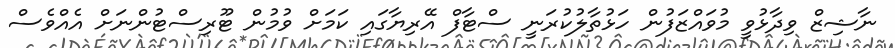
ނާޝިޒް ވިދާޅުވީ މުވައްޒަފުން ހަޅުތާލުކުރަނީ ސްޓާފް އޭރިޔާގައި ކަމަށް ވުމުން ޓޫރިސްޓުންނަށް އެއްވެސް